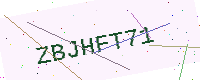
Text: ZBJHFT71